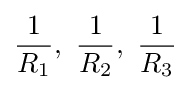
{\frac {1}{R_{1}}},\ {\frac {1}{R_{2}}},\ {\frac {1}{R_{3}}}